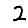
Digit: 2